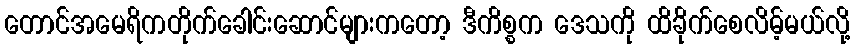
တောင်အမေရိကတိုက်ခေါင်းဆောင်များကတော့ ဒီကိစ္စက ဒေသကို ထိခိုက်စေလိမ့်မယ်လို့